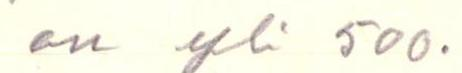
on yli 500.